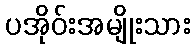
ပအိုဝ်းအမျိုးသား